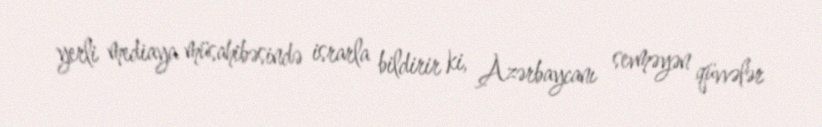
yerli mediaya müsahibəsində israrla bildirir ki, Azərbaycanı sevməyən qüvvələr